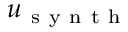
u _ { \mathrm { ~ s ~ y ~ n ~ t ~ h ~ } }